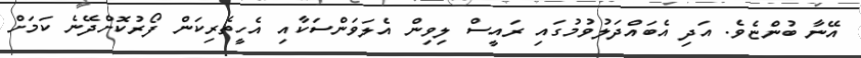
އޭނާ ބުންޏެވެ. އަދި އެބައްދަލުވުމުގައި ރައީސް ލިވިން އެލަވަންސަކާއި އެހީތެރިކަން ފޯރުކޮށްދޭނެ ކަމަށް